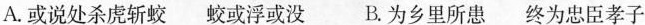
A.\underset{·}{或}说处杀虏斩蛟 蛟\underset{·}{或}浮或没 B.\underset{·}{为}乡里所患 终\underset{·}{为}忠臣孝子